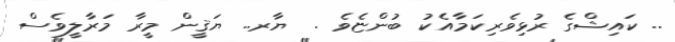
.. ކައިޝްގެ ރުޅިވެރިކަމާއެކު ބުންޏެވެ .  ޔާރ.. ޔަޤީން މީރާ މަރާލީވެސް